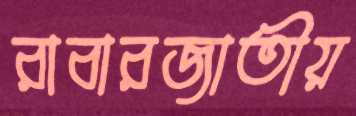
রাবারজাতীয়